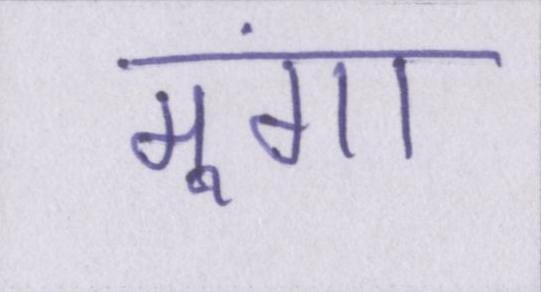
मूंगा